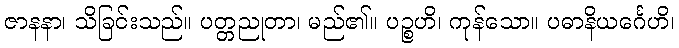
ဇာနနာ၊ သိခြင်းသည်။ ပတ္တညုတာ၊ မည်၏။ ပဉ္စဟိ၊ ကုန်သော။ ပဓာနိယင်္ဂေဟိ၊